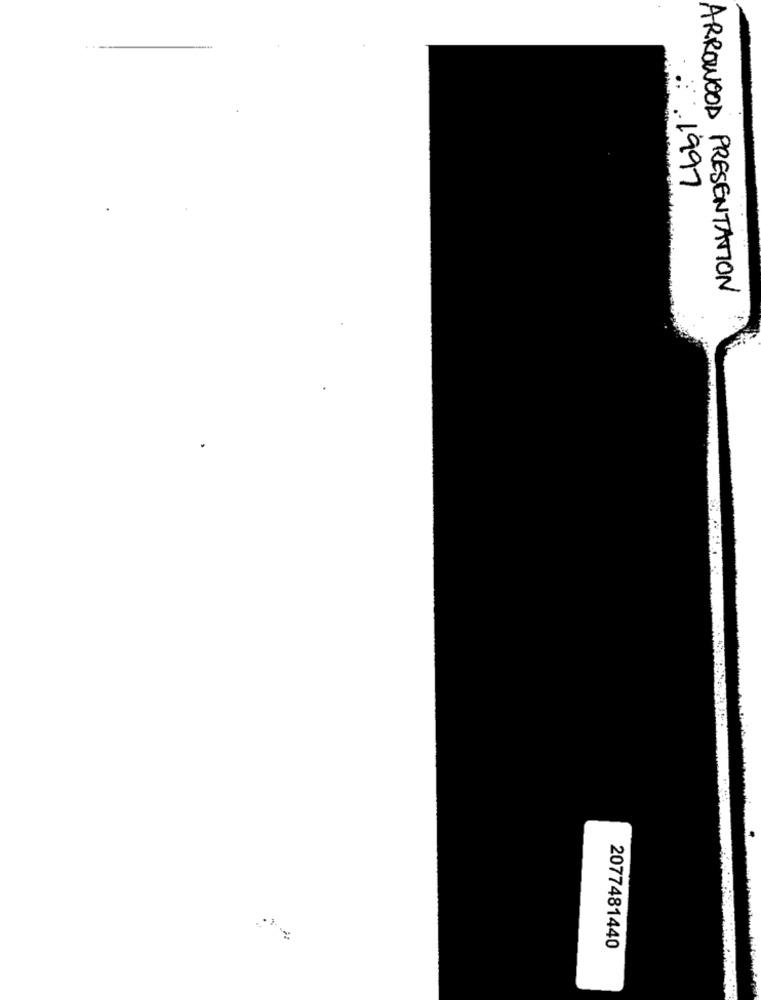
.1997
ARROWOOD PRESENTATION
2077481440